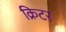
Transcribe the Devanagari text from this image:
क्रिटर